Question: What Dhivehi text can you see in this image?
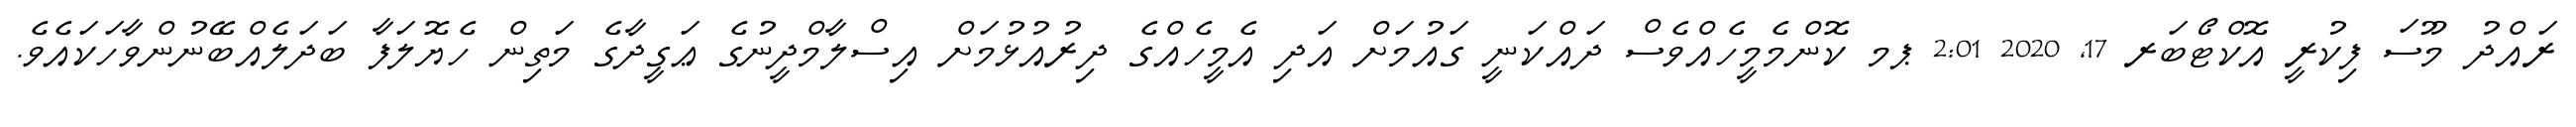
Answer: ރައްދު މޫސަ ފިކުރީ އޮކްޓޯބަރ 17, 2020 2:01 ޕމ ކޮންމެމީހެއްވެސް ދައްކަނީ ގައުމަށް އަދި އެމީހެއްގެ ދިރުއުޅުމަށް އިސްލާމްދީނުގެ ޢަގީދާގެ މަތިން ހެޔޮލަފާ ބަދަލެއްބޭނުންވާހަކައެވެ.